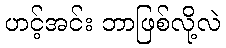
ဟင့်အင်း ဘာဖြစ်လို့လဲ